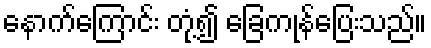
နောက်ကြောင်း တုံ့၍ ခြေကုန်ပြေးသည်။